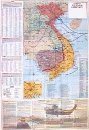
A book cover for Vietnam Conflict (Hammond Superior Series); Hammond World Atlas Corporation; Travel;